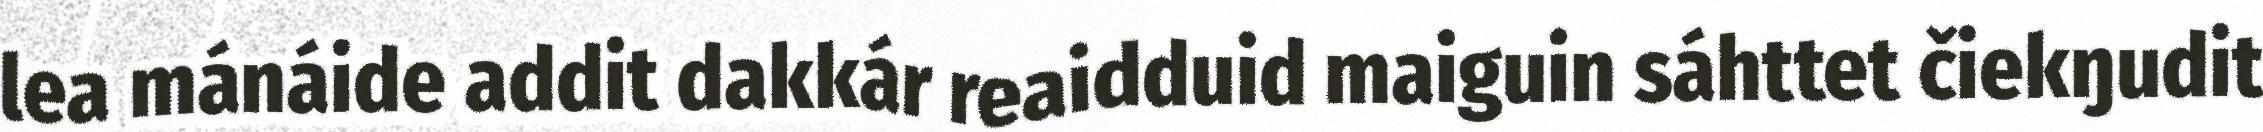
lea mánáide addit dakkár reaidduid maiguin sáhttet čiekŋudit